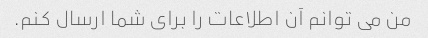
من می توانم آن اطلاعات را برای شما ارسال کنم.